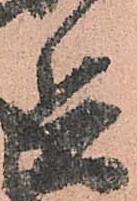
兵